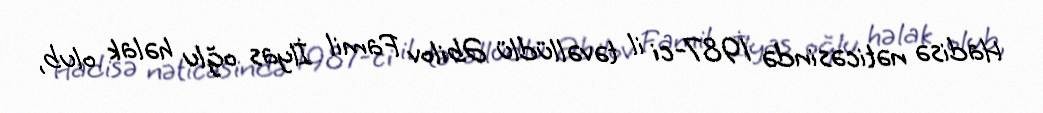
Hadisə nəticəsində 1987-ci il təvəllüdlü Əbilov Famil İlyas oğlu həlak olub,